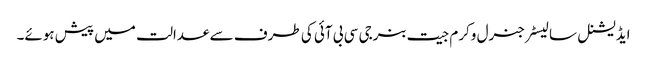
ایڈیشنل سالیسٹرجنرل وکرم جیت بنرجی سی بی آئی کی طرف سے عدالت میں پیش ہوئے۔